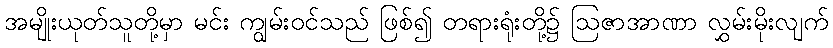
အမျိုးယုတ်သူတို့မှာ မင်း ကျွမ်းဝင်သည် ဖြစ်၍ တရားရုံးတို့၌ ဩဇာအာဏာ လွှမ်းမိုးလျက်